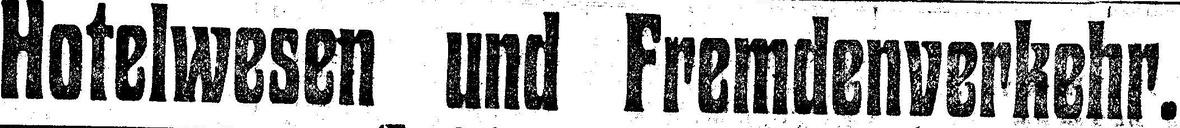
Hotelwesen und Fremdenverkehr.